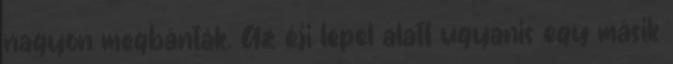
nagyon megbánták. Az éji lepel alatt ugyanis egy másik